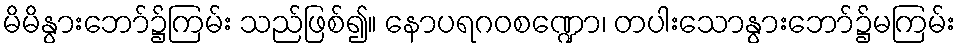
မိမိနွားဘော်၌ကြမ်း သည်ဖြစ်၍။ နောပရဂဝစဏ္ဍော၊ တပါးသောနွားဘော်၌မကြမ်း